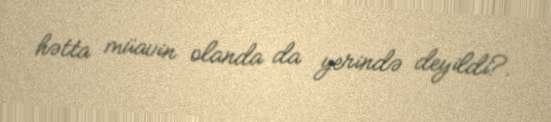
hətta müavin olanda da yerində deyildi?.